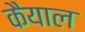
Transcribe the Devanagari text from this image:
कैयाल